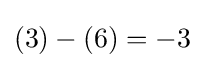
(3)-(6)=-3